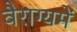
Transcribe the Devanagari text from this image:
वैराग्यमें